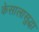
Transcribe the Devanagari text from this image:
केसालासुद्धा